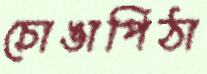
চোঙাপিঠা